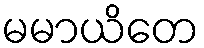
မမာယိတေ